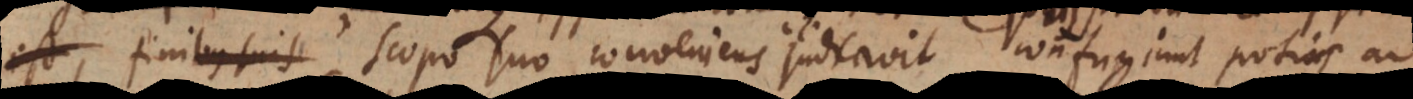
finibus suis scopo suo conveniens judicavit, confugiunt potius